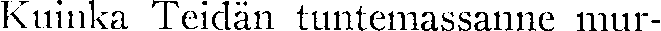
Kuinka Teidän tuntemassanne mur-